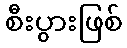
စီးပွားဖြစ်